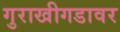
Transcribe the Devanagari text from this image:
गुराखीगडावर